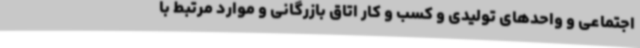
اجتماعی و واحدهای تولیدی و کسب و کار اتاق بازرگانی و موارد مرتبط با